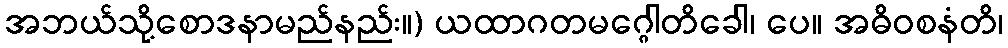
အဘယ်သို့စောဒနာမည်နည်း။) ယထာဂတမဂ္ဂေါတိခေါ၊ ပေ။ အဓိဝစနံတိ၊